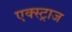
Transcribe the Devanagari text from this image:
एक्स्ट्राज